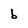
Character: b